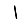
Digit: 1